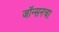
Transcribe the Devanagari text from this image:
जॉन्सनचा